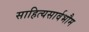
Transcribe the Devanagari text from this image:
साहित्यसार्वभौम